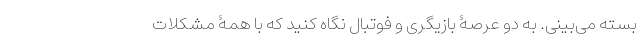
بسته می‌بینی. به دو عرصۀ بازیگری و فوتبال نگاه کنید که با همۀ مشکلات